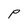
Character: P